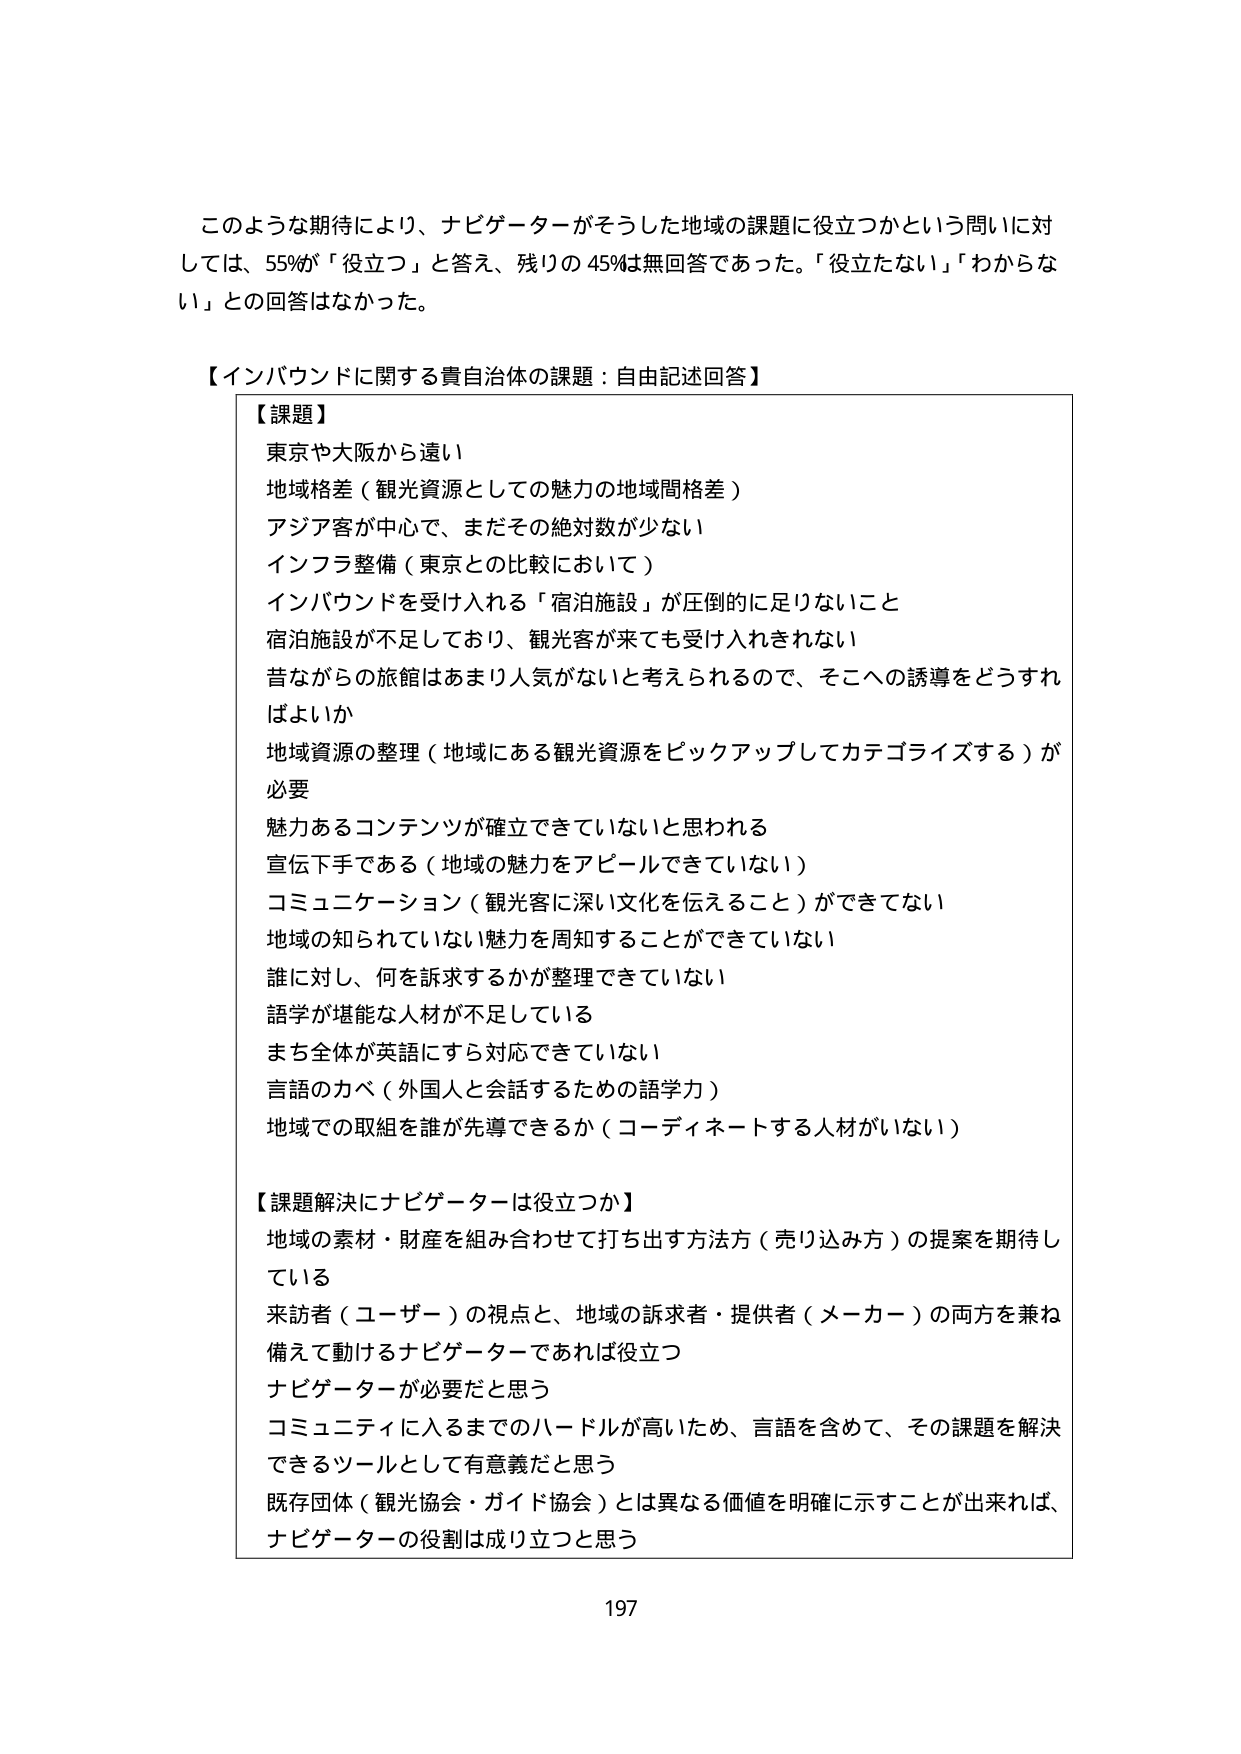
このような期待により、ナビゲーターがそうした地域の課題に役立つかという問いに対
しては、55%が「役立つ」と答え、残りの45%は無回答であった。「役立たない」「わからな
い」との回答はなかった。

【インバウンドに関する責自治体の課題：自由記述回答】

【課題】
東京や大阪から遠い
地域格差（観光資源としての魅力の地域間格差）
アジア客が中心で、まだその絶対数が少ない
インフラ整備（東京との比較において）
インバウンドを受け入れる「宿泊施設」が圧倒的に足りないこと
宿泊施設が不足しており、観光客が来ても受け入れきれない
昔ながらの旅館はあまり人気がないと考えられるので、そこへの誘導をどうすれ
ばよいか
地域資源の整理（地域にある観光資源をピックアップしてカテゴライズする）が
必要
魅力あるコンテンツが確立できていないと思われる
宣伝下手である（地域の魅力をアピールできていない）
コミュニケーション（観光客に深い文化を伝えること）ができていない
地域の知られていない魅力を周知することができていない
誰に対し、何を訴求するかが整理できていない
語学が堪能な人材が不足している
まち全体が英語にすら対応できていない
言語の力（外国人と会話するための語学力）
地域での取組を誰が先導できるか（コーディネートする人材がいない）

【課題解決にナビゲーターは役立つか】
地域の素材・財産を組み合わせて打ち出す方法方（売り込み方）の提案を期待し
ている
来訪者（ユーザー）の視点と、地域の訴求者・提供者（メーカー）の両方を兼ね
備えて動けるナビゲーターであれば役立つ
ナビゲーターが必要だと思う
コミュニティに入るまでのハードルが高いため、言語を含めて、その課題を解決
できるツールとして有意義だと思う
既存団体（観光協会・ガイド協会）とは異なる価値を明確に示すことが出来れば、
ナビゲーターの役割は成り立つと思う

197